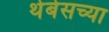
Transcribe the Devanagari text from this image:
थेबेसच्या